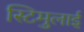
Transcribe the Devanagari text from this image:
स्टिमुलाई